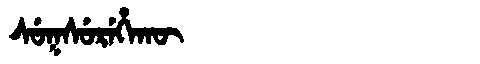
Manchu: ᠰᡠᡴᠰᡠᡵᡝᡥᠠᡴᡡ
Romanization: SUKSUREHAKŪ